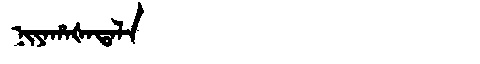
Manchu: ᠨᡳᠶᠠᡥᠠᡧᠠᡨᠠᠯᠠ
Romanization: NIYAHAŠATALA